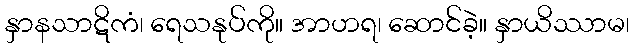
နှာနသာဋိကံ၊ ရေသနုပ်ကို။ အာဟရ၊ ဆောင်ခဲ့။ နှာယိဿာမ၊